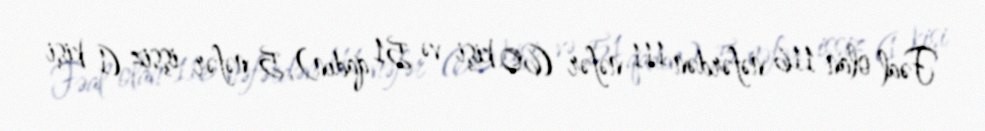
Fəal olan 116 nəfərdən 111 nəfər (60 kişi və 51 qadın), 5 nəfər işsiz (1 kişi